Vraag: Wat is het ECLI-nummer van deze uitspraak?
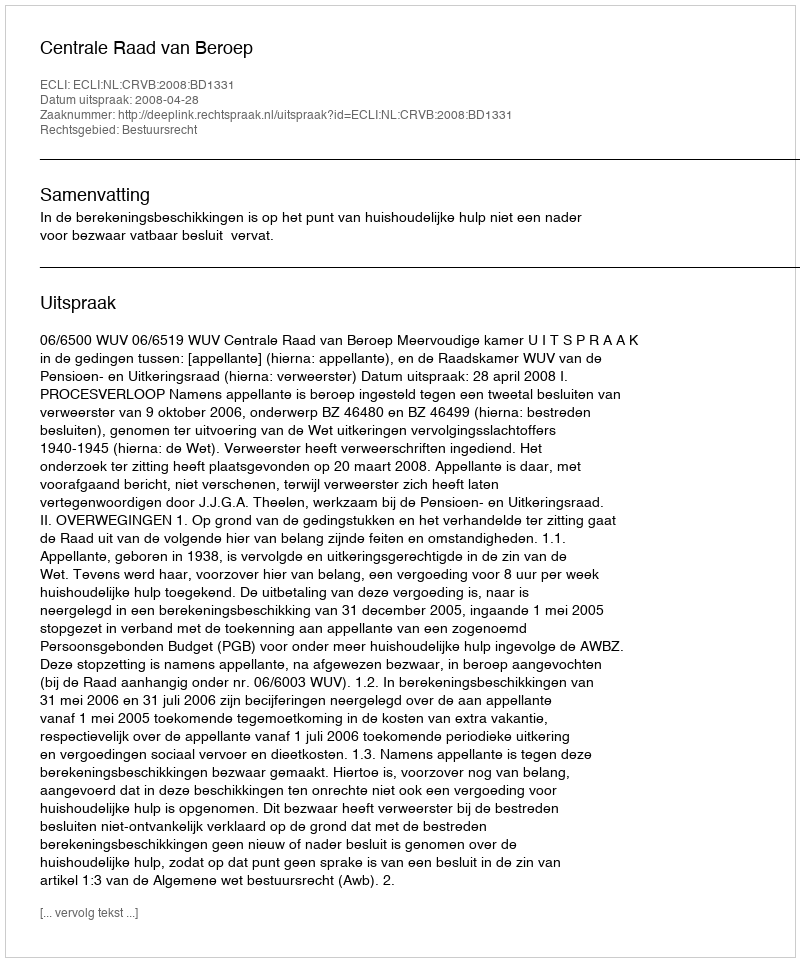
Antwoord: ECLI:NL:CRVB:2008:BD1331